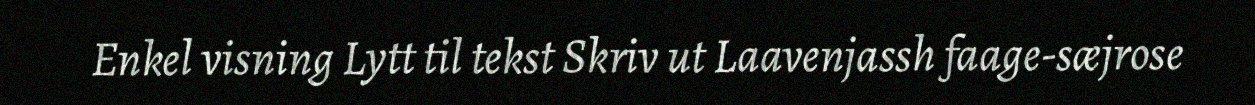
Enkel visning Lytt til tekst Skriv ut Laavenjassh faage-sæjrose